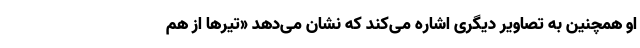
او همچنین به تصاویر دیگری اشاره می‌کند که نشان می‌دهد «تیرها از هم